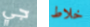
جي خلاط